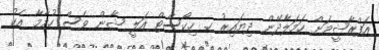
އަފްރާޝީމަށް ހަމަލާދޭން ދިޔައިރު ހ. ހިކޯސްޓް އަލީ ޝާން ވެސް ހުމާމާ އެކު